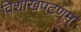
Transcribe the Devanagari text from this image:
विशाखपटणम्‌